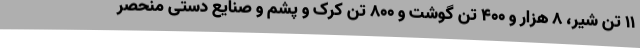
11 تن شیر، 8 هزار و 400 تن گوشت و 800 تن کرک و پشم و صنایع دستی منحصر